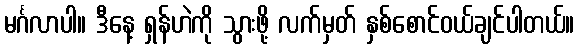
မင်္ဂလာပါ။ ဒီနေ့ ရှန်ဟဲကို သွားဖို့ လက်မှတ် နှစ်စောင်ဝယ်ချင်ပါတယ်။